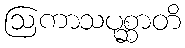
ဩကာသပုစ္ဆာတိ